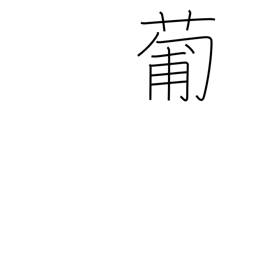
Meaning: Portugal